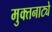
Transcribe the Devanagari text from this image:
मुक्‍तनाट्ये